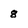
Character: 8